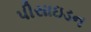
પીસાઇડન